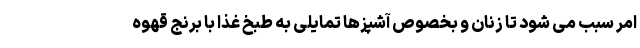
امر سبب می شود تا زنان و بخصوص آشپزها تمایلی به طبخ غذا با برنج قهوه